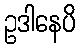
ဥဒါနေပိ